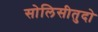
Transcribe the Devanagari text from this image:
सोलिसीतुदो